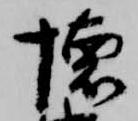
懐